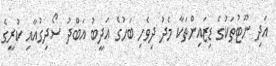
އަދި ނޫޓުތަކުގެ ޑިޒައިންތަކާ މެދު ދިވެހި ބަހުގެ އަދީބު އަބްދު ސޯދިގުއާއި ކުރީގެ